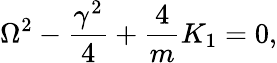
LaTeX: \Omega^{2}-\frac{\gamma^{2}}{4}+\frac{4}{m}K_{1}=0,